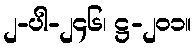
၂-ပါ-၂၄၆၊ ဋ္ဌ-၂၀၁။